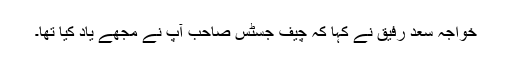
خواجہ سعد رفیق نے کہا کہ چیف جسٹس صاحب آپ نے مجھے یاد کیا تھا۔